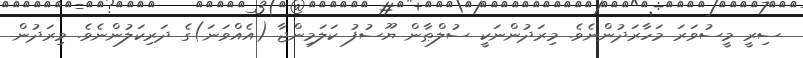
ސިރީ މީސުވަރަ މަހާރަދުންނެވެ. މިރަދުންނަކީ ސުލްޠާން ޔޫސުފު ކަލަމިންޖާ (އެއްވަނަ)ގެ ދަރިކަލުންނެވެ. މިރަދުން